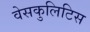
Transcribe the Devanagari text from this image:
वेसकुलिटिस